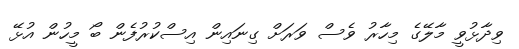
ވިދާޅުވީ މާލޭގެ މިހާރު ވެސް ވަރަށް ގިނައިން އިސްކުރުފެން ބޯ މީހުން އުޅޭ